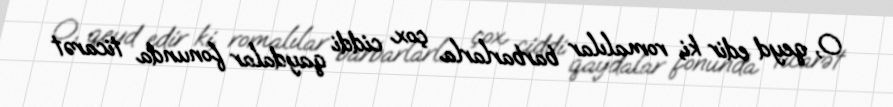
O, qeyd edir ki, romalılar barbarlarla çox ciddi qaydalar fonunda ticarət